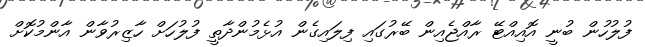
ފުލުހުން ބުނީ އޮއިއްޓޭ ރާއްޖެއިން ބޭރުގައި ފިލައިގެން އުޅެމުންދާތީ ފުލުހަށް ހާޒިރުވާން އާންމުކޮށް